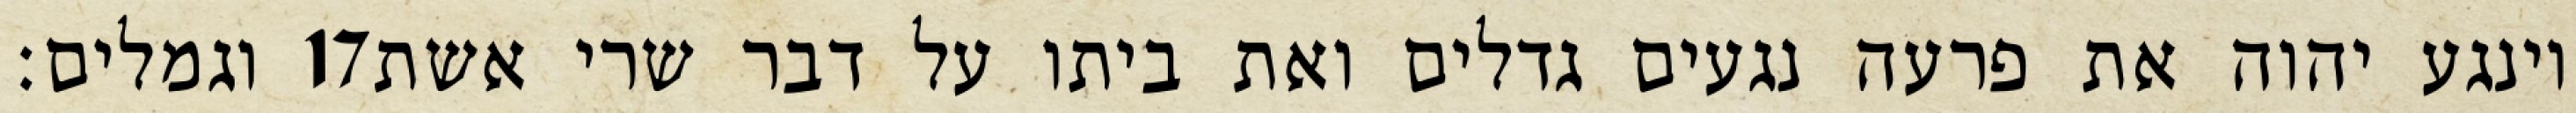
וגמלים׃ ‎17‏ וינגע יהוה את פרעה נגעים גדלים ואת ביתו על דבר שרי אשת